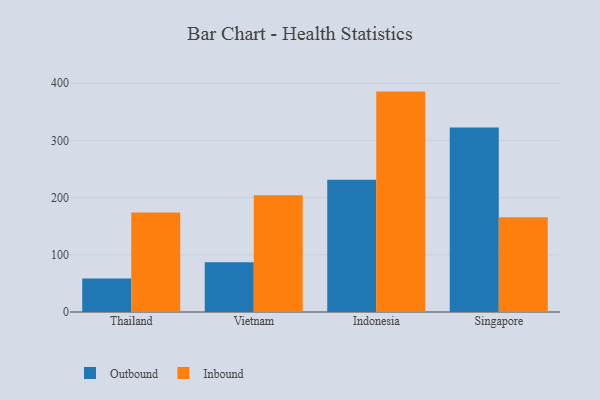
{"axis": {"x": "Country", "y": "Energy Usage (MWh)"}, "legend": ["Inbound", "Outbound"], "data": [{"x": "Thailand", "y": 58.6, "type": "Outbound"}, {"x": "Thailand", "y": 174.1, "type": "Inbound"}, {"x": "Vietnam", "y": 86.8, "type": "Outbound"}, {"x": "Vietnam", "y": 203.9, "type": "Inbound"}, {"x": "Indonesia", "y": 231.4, "type": "Outbound"}, {"x": "Indonesia", "y": 385.3, "type": "Inbound"}, {"x": "Singapore", "y": 322.6, "type": "Outbound"}, {"x": "Singapore", "y": 165.8, "type": "Inbound"}]}